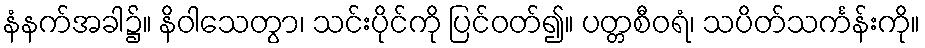
နံနက်အခါ၌။ နိဝါသေတွာ၊ သင်းပိုင်ကို ပြင်ဝတ်၍။ ပတ္တစီဝရံ၊ သပိတ်သင်္ကန်းကို။